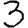
Digit: 3